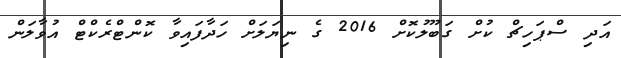
އަދި ސްޕަހިޗް ކުށް ގަބޫލުކޮށް 2016 ގެ ނިޔަލަށް ހަދާފައިވާ ކޮންޓްރެކްޓް އުވާލަން